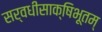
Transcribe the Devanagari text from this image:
सर्वधीसाक्षिभूतम्